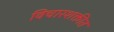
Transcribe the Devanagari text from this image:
विचारशक्तीत